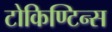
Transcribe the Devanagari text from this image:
टोकिण्टिन्स